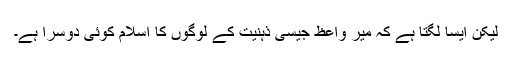
لیکن ایسا لگتا ہے کہ میر واعظ جیسی ذہنیت کے لوگوں کا اسلام کوئی دوسرا ہے۔